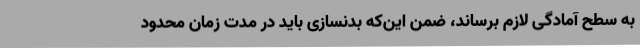
به سطح آمادگی لازم برساند، ضمن این‌که بدنسازی باید در مدت‌ زمان محدود